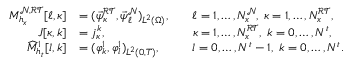
\begin{array} { r l r l } { M _ { h _ { x } } ^ { \mathcal { N } , \mathcal { R T } } [ \ell , \kappa ] } & { = ( \vec { \psi } _ { \kappa } ^ { \mathcal { R T } } , \vec { \psi } _ { \ell } ^ { \mathcal { N } } ) _ { L ^ { 2 } ( \Omega ) } , } & & { \ell = 1 , \dots , N _ { x } ^ { \mathcal { N } } , \; \kappa = 1 , \dots , N _ { x } ^ { \mathcal { R T } } , } \\ { J [ \kappa , k ] } & { = j _ { \kappa } ^ { k } , } & & { \kappa = 1 , \dots , N _ { x } ^ { \mathcal { R T } } , \; k = 0 , \dots , N ^ { t } , } \\ { \widehat M _ { h _ { t } } ^ { 1 } [ l , k ] } & { = ( \varphi _ { k } ^ { 1 } , \varphi _ { l } ^ { 1 } ) _ { L ^ { 2 } ( 0 , T ) } , } & & { l = 0 , \dots , N ^ { t } - 1 , \; k = 0 , \dots , N ^ { t } . } \end{array}